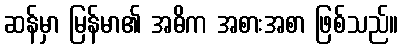
ဆန်မှာ မြန်မာ၏ အဓိက အစားအစာ ဖြစ်သည်။